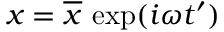
x = \overline { { x } } \, \exp ( i \omega t ^ { \prime } )